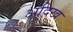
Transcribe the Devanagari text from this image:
अदिख